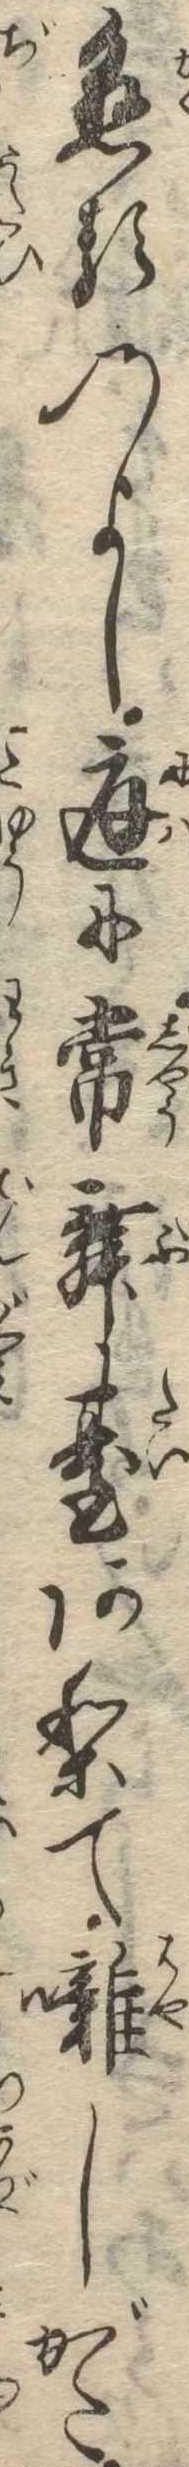
懸るのよし庭に常舞台ありて囃しがた